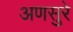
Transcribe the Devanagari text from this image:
अणसुरे